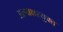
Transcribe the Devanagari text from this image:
अल्पाक्षरयुक्त